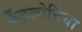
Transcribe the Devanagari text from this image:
कैंटलोनिया